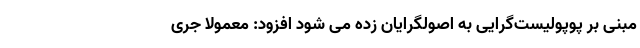
مبنی بر پوپولیست‌گرایی به اصولگرایان زده می شود افزود: معمولا جری